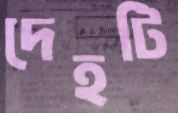
দেহটি